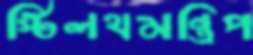
স্টিলথমন্ত্রিপ